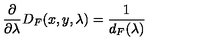
\frac { \partial } { \partial \lambda } D _ { F } ( x , y , \lambda ) = \frac { 1 } { d _ { F } ( \lambda ) }